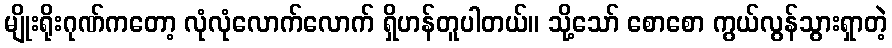
မျိုးရိုးဂုဏ်ကတော့ လုံလုံလောက်လောက် ရှိဟန်တူပါတယ်။ သို့သော် စောစော ကွယ်လွန်သွားရှာတဲ့